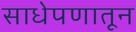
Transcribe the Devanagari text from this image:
साधेपणातून